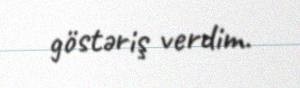
göstəriş verdim.